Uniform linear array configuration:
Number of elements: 8
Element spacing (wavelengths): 1
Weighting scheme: exponential
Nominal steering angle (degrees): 15
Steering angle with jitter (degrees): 16.525
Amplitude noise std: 0.05
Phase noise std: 0.05

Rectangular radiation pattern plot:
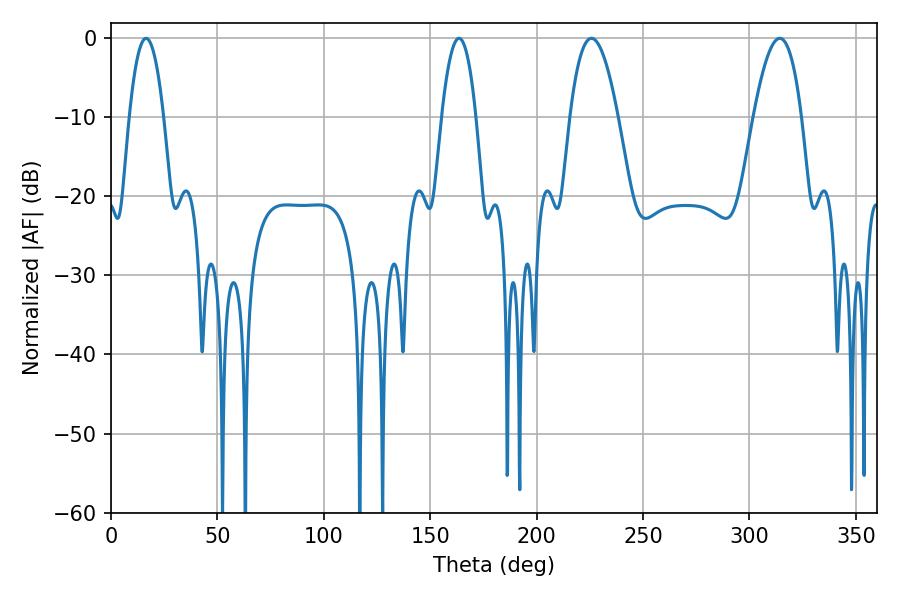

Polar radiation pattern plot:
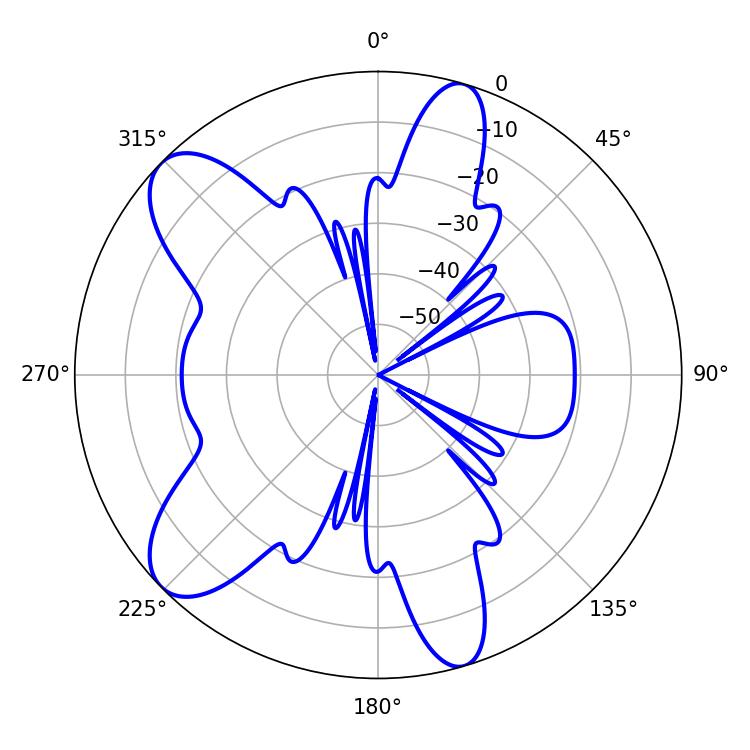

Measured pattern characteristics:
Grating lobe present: TRUE
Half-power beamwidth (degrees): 12.42
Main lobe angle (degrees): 225.72